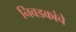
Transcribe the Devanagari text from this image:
निवडकांचे